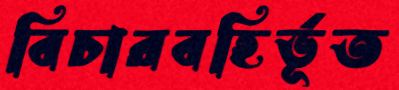
বিচারবহির্ভূত